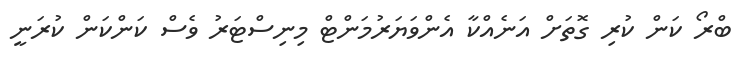
ބްރޯ ކަން ކުރި ގޮތަށް އަނެެއްކާ އެންވަޔަރުމަންޓް މިނިސްޓަރު ވެސް ކަންކަން ކުރަނީ